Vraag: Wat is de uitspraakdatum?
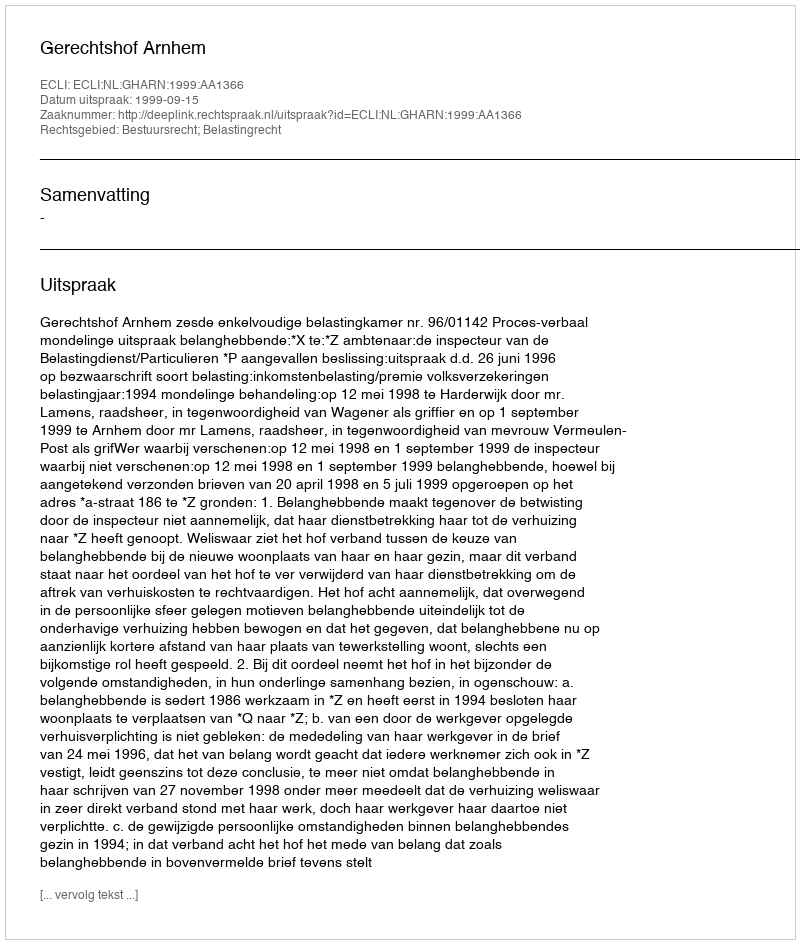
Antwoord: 1999-09-15